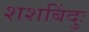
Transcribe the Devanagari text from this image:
शशबिंदुः